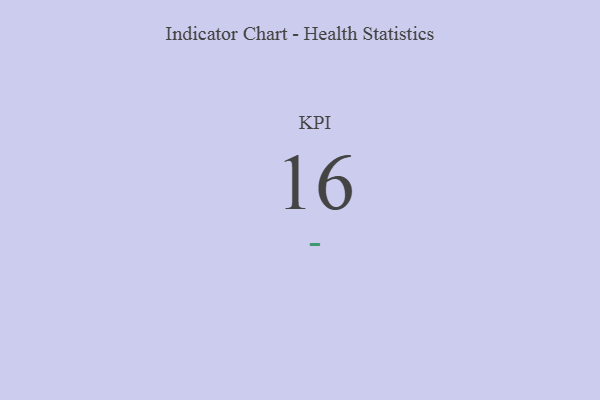
{"axis": {"x": "KPI", "y": "Value"}, "legend": [""], "data": [{"x": "KPI", "y": 16, "type": ""}]}